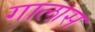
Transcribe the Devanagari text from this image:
गालास